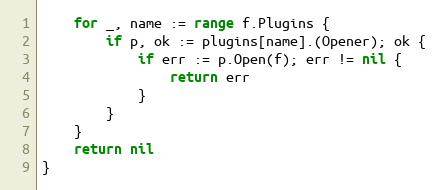
Language: Go
	for _, name := range f.Plugins {
		if p, ok := plugins[name].(Opener); ok {
			if err := p.Open(f); err != nil {
				return err
			}
		}
	}
	return nil
}